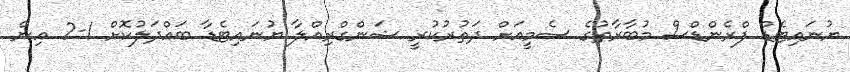
ޔުނައިޓެޑް ފްރެންޑްސް މުބާރާތުގެ ސެމީއަށް ދަތުރުކުރީ ޝަންގްރިއްލާ ޔުނައިޓެޑާ ބައްދަލުކޮށް 1-2 އިން